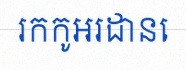
រកកូអរដោនេ